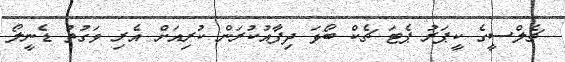
ޗެލްސީގެ ކީޕަރު ޕެޓަ ޗެކް ބޯޅަ ދިފާއުކުރަން ކުރިއަށް އެރި ވަގުތު ޑެނީލޯ